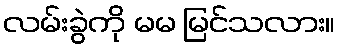
လမ်းခွဲကို မမ မြင်သလား။